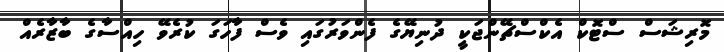
މޮރިޝަސް ސްޓޮކް އެކްސްޗޭންޖަކީ ދުނިޔޭގެ ފެންވަރުގައި ވެސް ފާހަގަ ކުރެވޭ ހިއްސާގެ ބާޒާރެއް